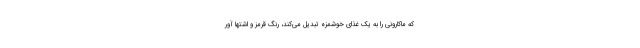
که ماکارونی را به یک غذای خوشمزه تبدیل می‌کند، رنگ قرمز و اشتها آور